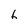
Character: 6